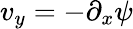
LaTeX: v_{y}=-\partial_{x}\psi